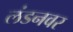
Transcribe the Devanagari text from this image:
लंडनवर